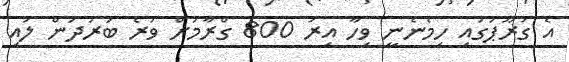
އެ ގުރޫޕުގައި ހިމެނެނީ ވިހާ އިރު 800 ގްރާމަށް ވުރެ ބަރުދަން ލުއި